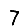
Digit: 7